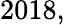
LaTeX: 2018,